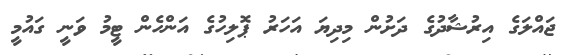
ޖައްލަގެ އިރުޝާދުގެ ދަށުން މިދިޔަ އަހަރު ޕޮލިހުގެ އަންހެން ޓީމު ވަނީ ގައުމީ